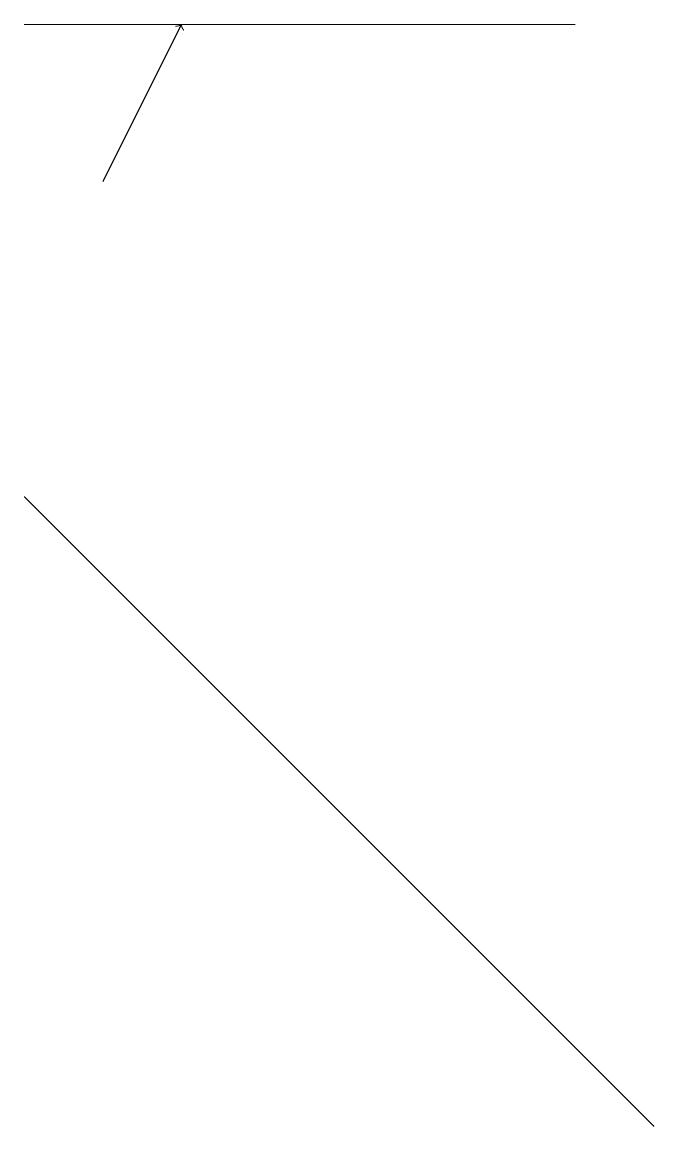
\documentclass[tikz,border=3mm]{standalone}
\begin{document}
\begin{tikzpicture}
\draw (8,1) -- (0,9) -- (1,8) -- cycle;
\draw (0,15) rectangle (7,15);
\draw[->] (1,13) -- (2,15);
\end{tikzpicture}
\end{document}